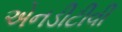
એનડીટીવી